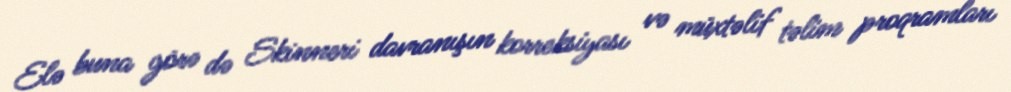
Elə buna görə də Skinneri davranışın korreksiyası və müxtəlif təlim proqramları